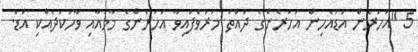
5 "އަހަރެން އަޑުއެހިން އަހަރެންގެ ދައްތަ މަރުވެފައިވާ އަހަރެންގެ މާމައާއި ވާހަކަދެއްކި އަޑު.